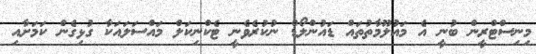
މިނިސްޓްރީން ބުނީ އެ މައުލޫމާތުތައް ޑައުންލޯޑް ނުކުރެވެނީ ޓެކްނިކަލް މައްސަލައަކާ ގުޅިގެން ކަމަށާއި